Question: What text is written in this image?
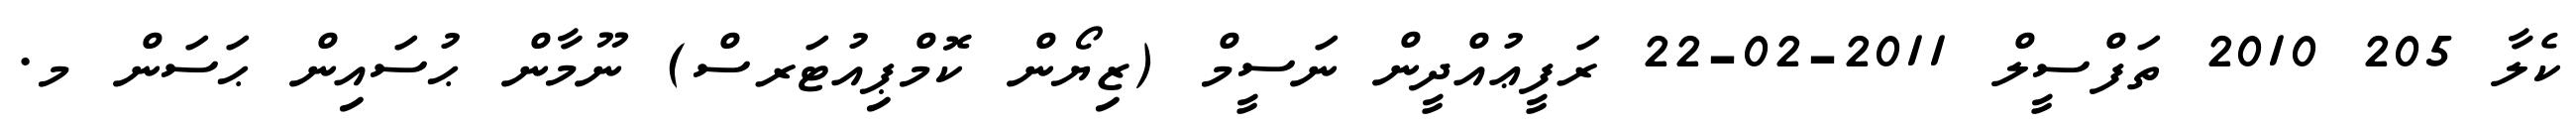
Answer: ކެލާ 205 2010 ތަފްސީލް 2011-02-22 ރަފީޢުއްދީން ނަސީމް (ޒިޔޯން ކޮމްޕިއުޓަރސް) ނޫމާން ޙުސައިން ޙަސަން މ.